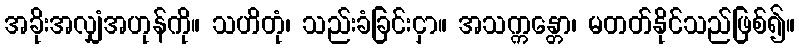
အခိုးအလျှံအဟုန်ကို။ သဟိတုံ၊ သည်းခံခြင်းငှာ။ အသက္ကန္တော၊ မတတ်နိုင်သည်ဖြစ်၍။